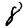
Digit: 8